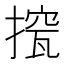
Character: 𢲁